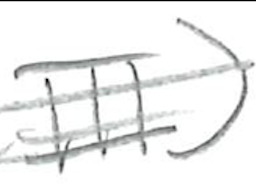
Text: III)
Cross-out: double-line
Writing tool: pencil